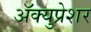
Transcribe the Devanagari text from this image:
ॲक्युप्रेशर